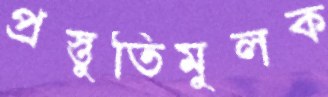
প্রস্তুতিমুলক